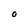
Character: O